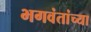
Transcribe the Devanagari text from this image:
भगवंतांच्या